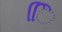
િિ